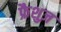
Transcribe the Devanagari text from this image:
फ्रैशुज़